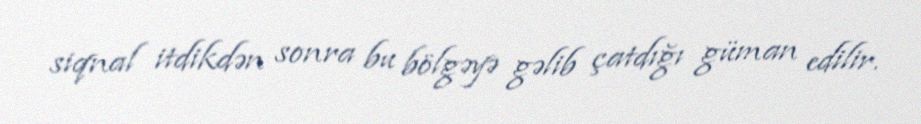
siqnal itdikdən sonra bu bölgəyə gəlib çatdığı güman edilir.